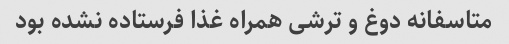
متاسفانه دوغ و ترشی همراه غذا فرستاده نشده بود